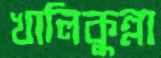
খালিকুল্লা